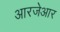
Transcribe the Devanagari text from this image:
आरजेआर